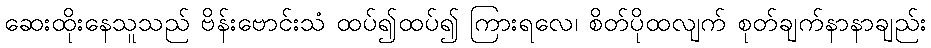
ဆေးထိုးနေသူသည် ဗိန်းဗောင်းသံ ထပ်၍ထပ်၍ ကြားရလေ၊ စိတ်ပိုထလျက် စုတ်ချက်နာနာချည်း